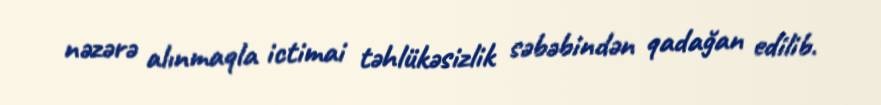
nəzərə alınmaqla ictimai təhlükəsizlik səbəbindən qadağan edilib.